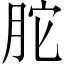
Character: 𦚐